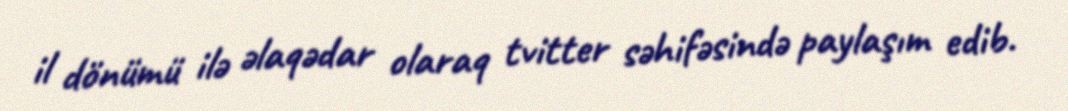
il dönümü ilə əlaqədar olaraq tvitter səhifəsində paylaşım edib.